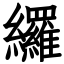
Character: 纙